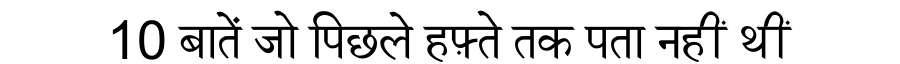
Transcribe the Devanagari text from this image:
10 बातें जो पिछले हफ़्ते तक पता नहीं थीं